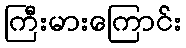
ကြီးမားကြောင်း